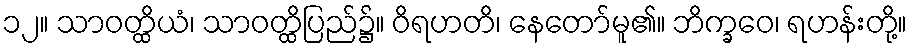
၁၂။ သာဝတ္ထိယံ၊ သာဝတ္ထိပြည်၌။ ဝိရဟတိ၊ နေတော်မူ၏။ ဘိက္ခဝေ၊ ရဟန်းတို့။